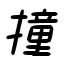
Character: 撞